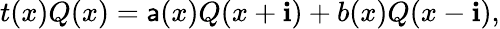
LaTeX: t(x)Q(x)=\mathsf{a}(x)Q(x+\mathbf{i})+b(x)Q(x-\mathbf{i}),